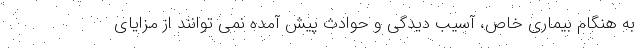
به هنگام بیماری خاص، آسیب دیدگی و حوادث پیش آمده نمی توانند از مزایای